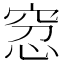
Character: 𥥬